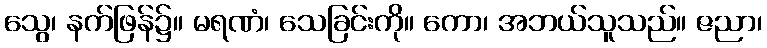
သွေ၊ နက်ဖြန်၌။ မရဏံ၊ သေခြင်းကို။ ကော၊ အဘယ်သူသည်။ ဇညာ၊